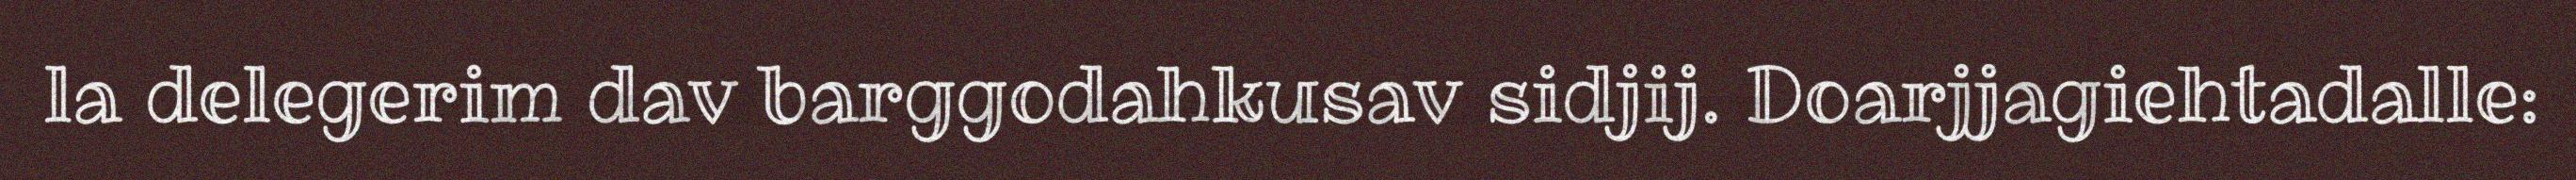
la delegerim dav barggodahkusav sidjij. Doarjjagiehtadalle: